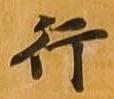
行